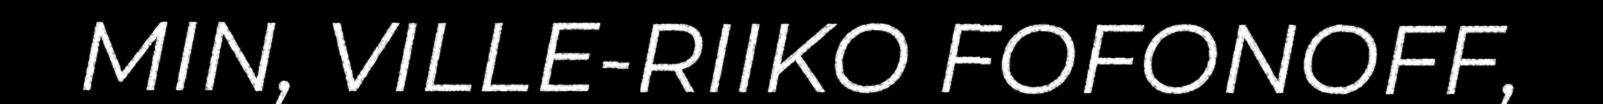
MIN, VILLE-RIIKO FOFONOFF,